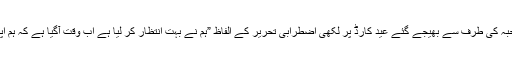
ماضی میں انہیں حیا صاحبہ کی طرف سے بھیجے گئے عید کارڈ پر لکھی اضطرابی تحریر کے الفاظ ”ہم نے بہت انتظار کر لیا ہے اب وقت آگیا ہے کہ ہم اپنے انتظار کو ختم کریں”۔